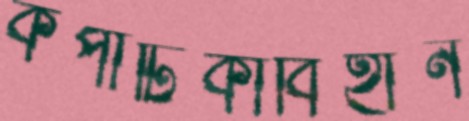
কপাটিকাবিহীন